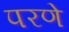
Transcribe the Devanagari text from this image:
परणे